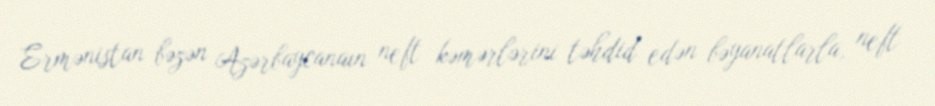
Ermənistan bəzən Azərbaycanaın neft kəmərlərini təhdid edən bəyanatlarla, neft